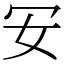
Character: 𠕷